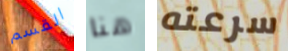
القسم هنا سرعته